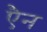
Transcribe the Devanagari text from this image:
एैन